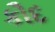
કૌદ